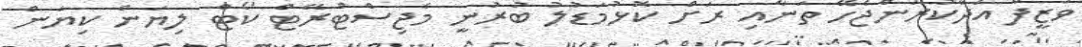
ވަޒީފާ އަދާކުރަންޖެހޭ ތަނާއި ރަށް ކޮޅުމަޑުލު ބުރުނީ މެޖިސްޓްރޭޓް ކޯޓް ލިޔަން ކިޔަން